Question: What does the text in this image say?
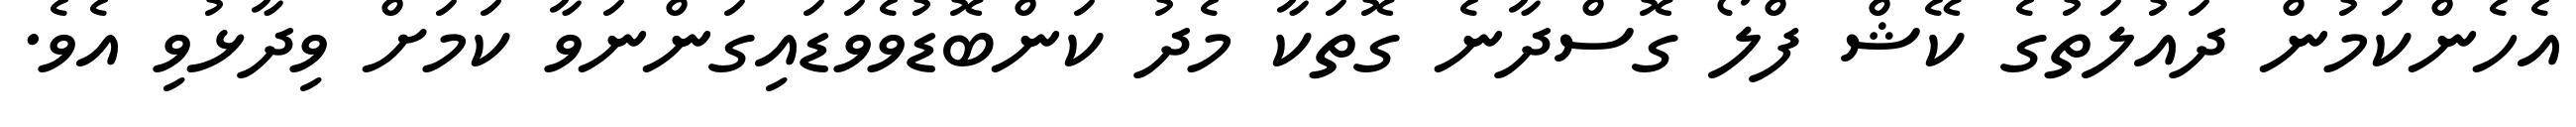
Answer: އެހެންކަމުން ދައުލަތުގެ ކޭޝް ފްލޯ ގޮސްދާނެ ގޮތަކާ މެދު ކަންބޮޑުވެވަޑައިގަންނަވާ ކަމަށް ވިދާޅުވި އެވެ.